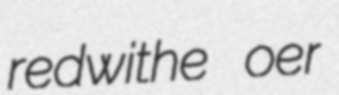
redwithe oer